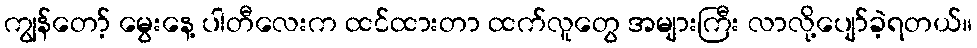
ကျွန်တော့် မွေးနေ့ ပါတီလေးက ထင်ထားတာ ထက်လူတွေ အများကြီး လာလို့ပျော်ခဲ့ရတယ်။